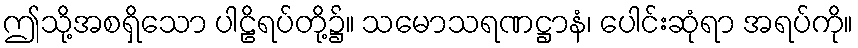
ဤသို့အစရှိသော ပါဠိရပ်တို့၌။ သမောသရဏဋ္ဌာနံ၊ ပေါင်းဆုံရာ အရပ်ကို။